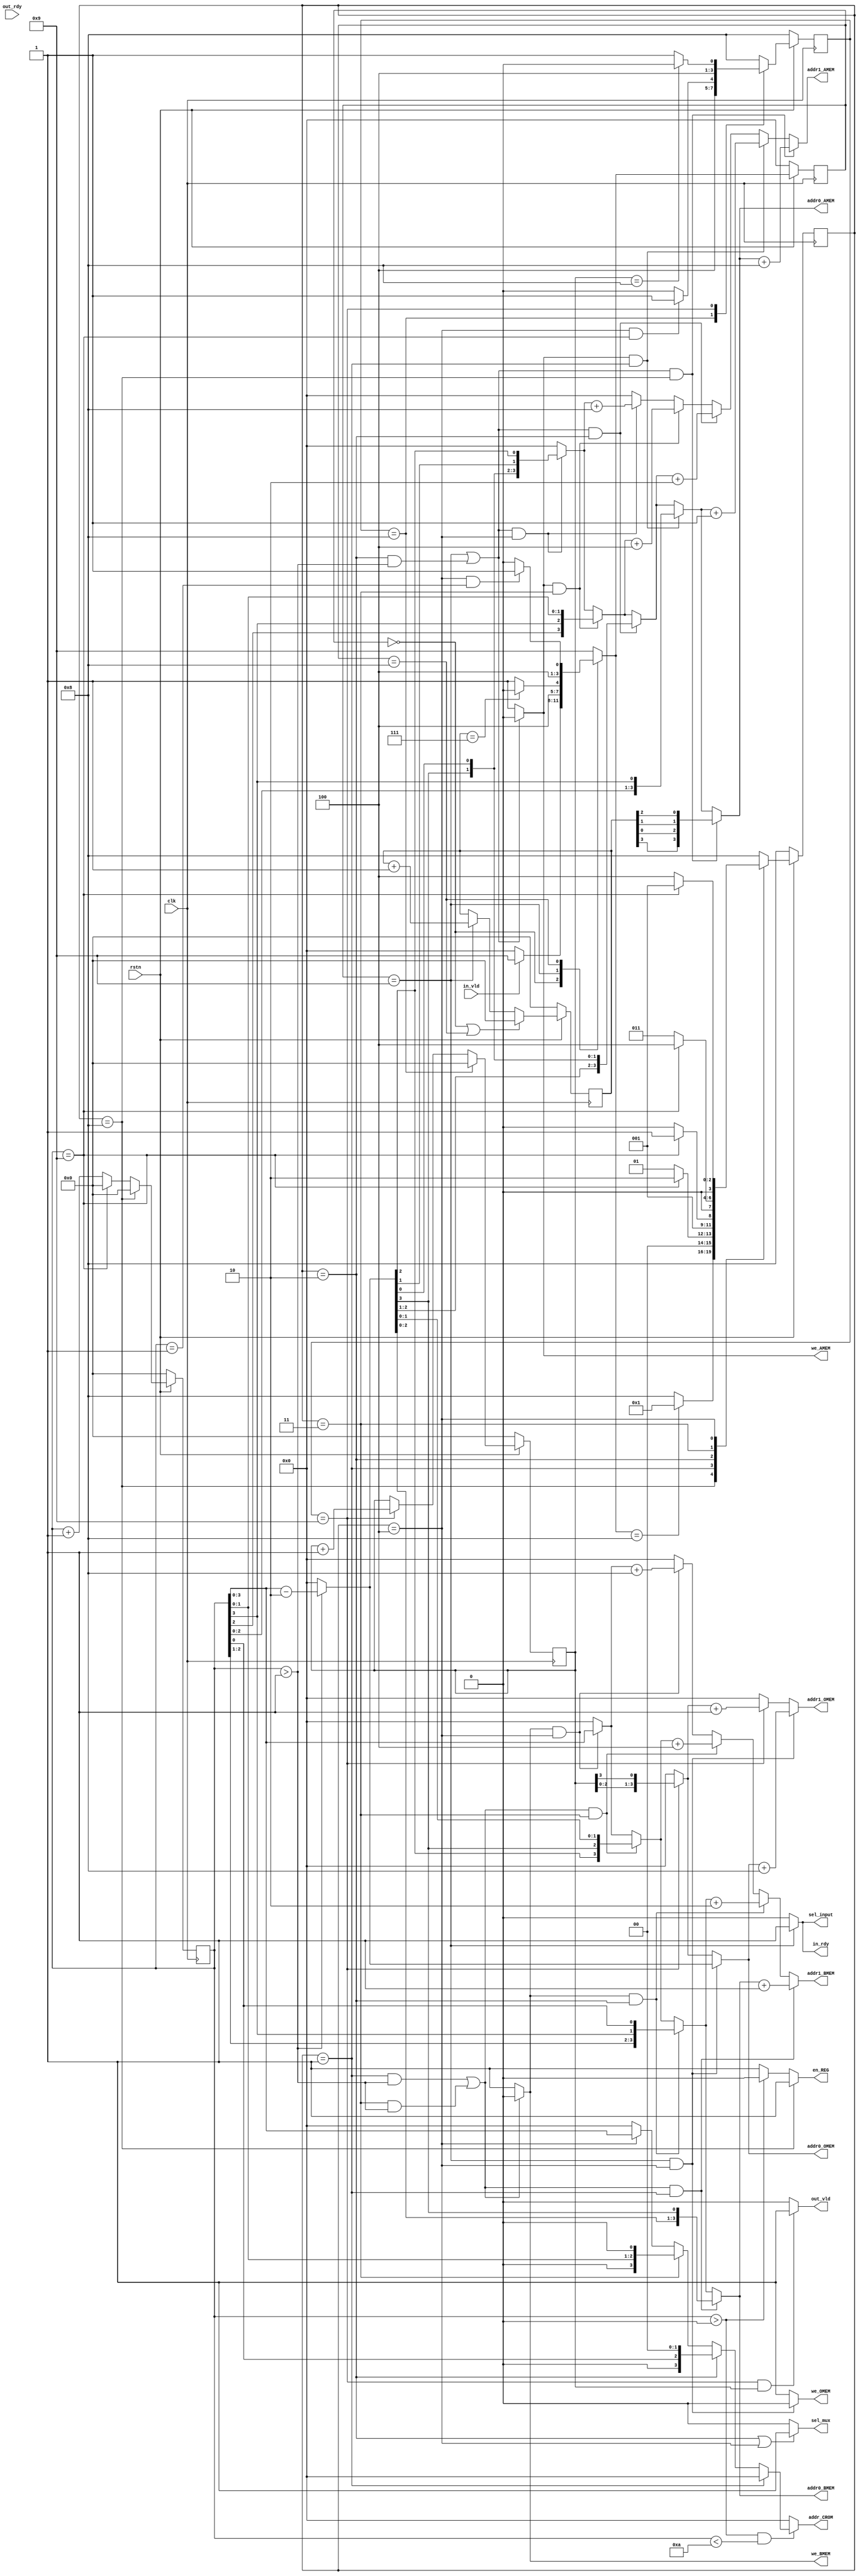
//////////////////////////////////////////////////////////////////////////////////
// Company: 
// Engineer: 
// 
// Design Name: 
// Module Name: controller
// Project Name: 
// Target Devices: 
// Tool Versions: 
// Description: 
// 
// Dependencies: 
// 
// Revision:
// Revision 0.01 - File Created
// Additional Comments:
// 
//////////////////////////////////////////////////////////////////////////////////

module controller #(
    parameter N = 4
)
(
    input clk, rstn, in_vld, out_rdy,
    output wire in_rdy, out_vld,
    output wire sel_input,
    output wire sel_mux,
    output wire en_REG,
    output wire we_AMEM, we_BMEM, we_OMEM,
    output wire [N-1:0] addr0_AMEM, addr1_AMEM,
    output wire [N-1:0] addr0_BMEM, addr1_BMEM,
    output wire [N-1:0] addr0_OMEM, addr1_OMEM,
    output wire [N-1:0] addr_CROM
    );
    
    reg [N:0] cnt, cnt_in, cnt_out;
    reg [N-1:0] cstate, cstate_in, cstate_out;
    reg [N-1:0] nstate, nstate_in, nstate_out;
    
    localparam
        PRE_IN  = 4'b0000,
        IDLE    = 4'b1000, // 8
        RUN     = 4'b1001, // 9
        STAGE_1 = 4'b0001,
        STAGE_2 = 4'b0010,
        STAGE_3 = 4'b0011,
        STAGE_4 = 4'b0100,
        /*
        STAGE_5 = 4'b0101,
        STAGE_6 = 4'b0110
        */ 
        LCNT = 2**(N-1) + 1; // N = 4, LCNT = 9
    
    /* STATE MACHINE */
    always @(posedge clk)
    begin
        if(!rstn)
        begin
            cstate     <= IDLE;
            cstate_in  <= PRE_IN;
            cstate_out <= IDLE;
        end
        else
        begin
            cstate     <= nstate;
            cstate_in  <= nstate_in;
            cstate_out <= nstate_out;
        end
    end

    always @(*)
    begin
        case(cstate_in)
            PRE_IN:
            begin
                if(in_vld) nstate_in <= RUN;
                else nstate_in <= PRE_IN;
            end
            
            RUN:
            begin
                if(cnt_in == LCNT - 2) nstate_in <= IDLE;
                else nstate_in <= RUN;
            end

            IDLE:
            begin
                if(cstate == STAGE_4 && cnt == 1) nstate_in <= RUN;
                else nstate_in <= IDLE;
            end

            default nstate_in <= RUN;
        endcase

        case(cstate)
            IDLE:
            begin
                if(nstate_in == IDLE) nstate <= STAGE_1;
                else nstate <= IDLE;
            end

            STAGE_1:
            begin
                if(cnt == LCNT) nstate <= STAGE_2;
                else nstate <= STAGE_1;
            end
            
            STAGE_2:
            begin
                if(cnt == LCNT) nstate <= STAGE_3;
                else nstate <= STAGE_2;
            end

            STAGE_3:
            begin
                if(cnt == LCNT) nstate <= STAGE_4;
                else nstate <= STAGE_3;
            end

            STAGE_4:
            begin
                if(cnt == LCNT) nstate <= STAGE_1;
                else nstate <= STAGE_4;
            end

            default: nstate <= IDLE;
        endcase

        case(cstate_out)
            IDLE:
            begin
                if(cstate == STAGE_4 && cnt == LCNT) nstate_out <= RUN;
                else nstate_out <= IDLE;
            end

            RUN:
            begin
                if(cnt_out == LCNT - 1) nstate_out <= IDLE;
                else nstate_out <= RUN;
            end
            
            default: nstate_out <= IDLE;
        endcase
    end
    

    /* COUNTER */
    always @(posedge clk) // cnt
    begin
        if(!rstn) cnt <= 0;
        else
        begin
            if(cstate == IDLE)   cnt <= 0;
            else if(cnt == LCNT) cnt <= 0;
            else                 cnt <= cnt + 1;
        end
    end
    
    always @(posedge clk) // cnt_in
    begin
        if(!rstn) cnt_in <= 0;
        else
        begin
            if(cstate_in == PRE_IN || cstate_in == IDLE) cnt_in <= 0;
            else if(cstate_in == RUN)                    cnt_in <= cnt_in + 1;
            else                                         cnt_in <= cnt_in;
        end
    end
    
    always @(posedge clk) // cnt_out
    begin
        if(!rstn) cnt_out <= 0;
        else 
        begin
            if(cstate_out == IDLE)      cnt_out <= 0;
            else if(cstate_out == RUN)  cnt_out <= cnt_out + 1; 
            else                        cnt_out <= cnt_out; 
        end
    end
    

    /* MEMORY ENABLE */
    assign we_AMEM = (cstate_in == RUN || (cstate == STAGE_2 && cnt > 1)) ? 0 : 1;
    assign we_BMEM = (cstate == STAGE_1 && cnt > 1 || cstate == STAGE_3 && cnt > 1) ? 0 : 1;
    assign we_OMEM = (cstate_in == RUN && cstate == STAGE_4) ? 0 : 1;

    /* REG ENABLE */
    assign en_REG = (cstate == IDLE) ? 1 : ( (cnt > 0) ? 0 : 1 );

    /* HANDSHAKE SIGNAL*/
    assign out_vld = (cstate_out == RUN && cnt_out) ? 1 : 0;
    assign in_rdy  = (cstate_in == RUN) ? 1 : 0;

    /* MUX */
    assign sel_input = in_rdy;
    assign sel_mux  = (cstate == STAGE_2 || cstate == STAGE_4) ? 1 : 0; // sel_mux == 1 --> BMEM 

    wire [N:0] cnt_dly, cnt_CROM;
    assign cnt_dly  = (cnt > 1) ? (cnt - 2) : 0;
    assign cnt_CROM = (cnt > 0) ? (cnt - 1) : 0;


    /* AMEM ADDRESS */
    wire [N-1:0] tmp4_addr0_AMEM, tmp4_addr1_AMEM;
    wire [N-1:0] tmp3_addr0_AMEM, tmp3_addr1_AMEM;
    wire [N-1:0] tmp2_addr0_AMEM, tmp2_addr1_AMEM;
    wire [N-1:0] tmp1_addr0_AMEM, tmp1_addr1_AMEM;
    wire [N-1:0] tmp0_addr0_AMEM, tmp0_addr1_AMEM;
    
    // STAGE_4
    assign tmp4_addr0_AMEM = (!we_AMEM && cstate == STAGE_4) ? {cnt_dly[3],cnt_dly[0], cnt_dly[1], cnt_dly[2]} : 0;
    assign tmp4_addr1_AMEM = (!we_AMEM && cstate == STAGE_4) ? tmp4_addr0_AMEM + 4'b1000 : 0;
    // STAGE_3
    assign tmp3_addr0_AMEM = (we_AMEM && cstate == STAGE_3) ? {cnt[2], cnt[3], cnt[1], cnt[0]} : tmp4_addr0_AMEM;
    assign tmp3_addr1_AMEM = (we_AMEM && cstate == STAGE_3) ? tmp3_addr0_AMEM + 4'b0100 : tmp4_addr1_AMEM;
    // STAGE_2
    assign tmp2_addr0_AMEM = (!we_AMEM && cstate == STAGE_2) ? {cnt_dly[2], cnt_dly[1], cnt_dly[3], cnt_dly[0]} : tmp3_addr0_AMEM;
    assign tmp2_addr1_AMEM = (!we_AMEM && cstate == STAGE_2) ? tmp2_addr0_AMEM + 4'b0010 : tmp3_addr1_AMEM;
    // STAGE_1
    assign tmp1_addr0_AMEM = (we_AMEM && cstate == STAGE_1) ? {cnt[2], cnt[1], cnt[0], cnt[3]} : tmp2_addr0_AMEM;
    assign tmp1_addr1_AMEM = (we_AMEM && cstate == STAGE_1) ? tmp1_addr0_AMEM + 4'b0001 : tmp2_addr1_AMEM;
    // Pre-stage
    assign tmp0_addr0_AMEM = (!we_AMEM && cstate == IDLE) ? {cnt_in[3], cnt_in[0], cnt_in[1], cnt_in[2]} : tmp1_addr0_AMEM;
    assign tmp0_addr1_AMEM = (!we_AMEM && cstate == IDLE) ? tmp0_addr0_AMEM + 4'b1000 : tmp1_addr1_AMEM;

    assign addr0_AMEM = tmp0_addr0_AMEM;
    assign addr1_AMEM = tmp0_addr1_AMEM;
    

    /* BMEM ADDRESS */
    wire [N-1:0] tmp4_addr0_BMEM, tmp4_addr1_BMEM;
    wire [N-1:0] tmp3_addr0_BMEM, tmp3_addr1_BMEM;
    wire [N-1:0] tmp2_addr0_BMEM, tmp2_addr1_BMEM;
    wire [N-1:0] tmp1_addr0_BMEM, tmp1_addr1_BMEM;

    // STAGE_4
    assign tmp4_addr0_BMEM = (we_BMEM && cstate == STAGE_4) ? {cnt[3],cnt[2], cnt[1], cnt[0]} : 0;
    assign tmp4_addr1_BMEM = (we_BMEM && cstate == STAGE_4) ? tmp4_addr0_BMEM + 4'b1000 : 0;
    // STAGE_3
    assign tmp3_addr0_BMEM = (!we_BMEM && cstate == STAGE_3) ? {cnt_dly[2], cnt_dly[3], cnt_dly[1], cnt_dly[0]} : tmp4_addr0_BMEM;
    assign tmp3_addr1_BMEM = (!we_BMEM && cstate == STAGE_3) ? tmp3_addr0_BMEM + 4'b0100 : tmp4_addr1_BMEM;
    // STAGE_2
    assign tmp2_addr0_BMEM = (we_BMEM && cstate == STAGE_2) ? {cnt[2], cnt[1], cnt[3], cnt[0]} : tmp3_addr0_BMEM;
    assign tmp2_addr1_BMEM = (we_BMEM && cstate == STAGE_2) ? tmp2_addr0_BMEM+ 4'b0010 : tmp3_addr1_BMEM;
    // STAGE_1
    assign tmp1_addr0_BMEM = (!we_BMEM && cstate == STAGE_1) ? {cnt_dly[2], cnt_dly[1], cnt_dly[0], cnt_dly[3]} : tmp2_addr0_BMEM;
    assign tmp1_addr1_BMEM = (!we_BMEM && cstate == STAGE_1) ? tmp1_addr0_BMEM + 4'b0001 : tmp2_addr1_BMEM;

    assign addr0_BMEM = tmp1_addr0_BMEM;
    assign addr1_BMEM = tmp1_addr1_BMEM;


    /* OMEM ADDRESS */
    wire[N-1:0] tmp1_addr0_OMEM, tmp1_addr1_OMEM;
    wire[N-1:0] tmp4_addr0_OMEM, tmp4_addr1_OMEM;

    // SET T+1 STAGE_1
    assign tmp1_addr0_OMEM = (cstate_out == RUN) ? {cnt_out[2], cnt_out[1], cnt_out[0], cnt_out[3]} : 0;
    assign tmp1_addr1_OMEM = (cstate_out == RUN) ? tmp1_addr0_OMEM + 4'b0001 : 0;
    // SET T STAGE_4
    assign tmp4_addr0_OMEM = (!we_OMEM) ? {cnt_dly[3], cnt_dly[2], cnt_dly[1], cnt_dly[0]} : tmp1_addr0_OMEM;
    assign tmp4_addr1_OMEM = (!we_OMEM) ? tmp4_addr0_OMEM + 4'b1000 : tmp1_addr1_OMEM;

    assign addr0_OMEM = tmp4_addr0_OMEM;
    assign addr1_OMEM = tmp4_addr1_OMEM;


    /* CROM ADDRESS */
    wire [N-1:0] tmp4_addr_CROM = (cstate == STAGE_4) ? {cnt[3], cnt[2], cnt[1], cnt[0]} : 0;
    wire [N-1:0] tmp3_addr_CROM = (cstate == STAGE_3) ? {1'b0, cnt[1], cnt[0], 1'b0} : tmp4_addr_CROM;
    wire [N-1:0] tmp2_addr_CROM = (cstate == STAGE_2) ? {1'b0, cnt[0], 1'b0, 1'b0} : tmp3_addr_CROM;
    wire [N-1:0] tmp1_addr_CROM = (cstate == STAGE_1) ? 4'b0000 : tmp2_addr_CROM;
    
    assign addr_CROM = (cnt > 0 && cnt < LCNT + 1) ? tmp1_addr_CROM : 0;

endmodule